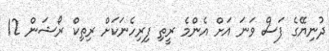
ދުނިޔޭގެ ފަސް ވަނަ އަށް އެންމެ ރީތި ފިރިހެނަކަށް ރިތިކް ރޯޝަން 12